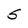
Character: S